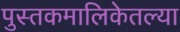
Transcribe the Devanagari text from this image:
पुस्तकमालिकेतल्या